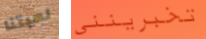
لعبتنا تخبرينني